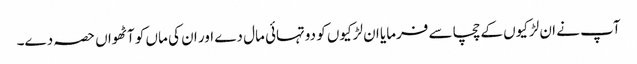
آپ نے ان لڑکیوں کے چچا سے فرمایا ان لڑکیوں کو دوتہائی مال دے اور ان کی ماں کو آٹھواں حصہ دے۔